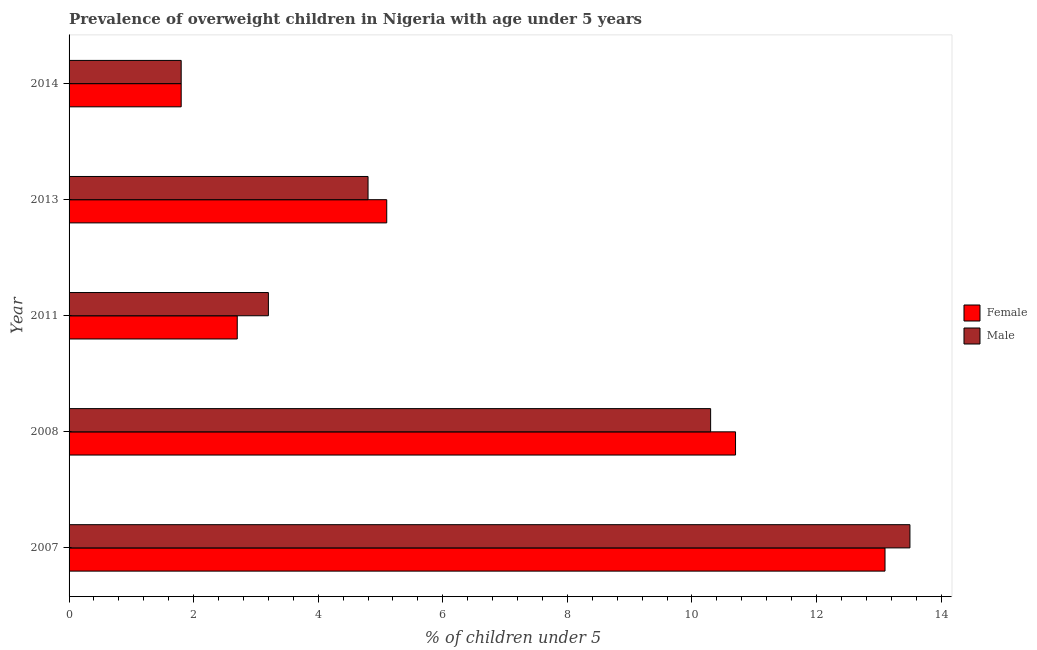
| Year | Female | Male |
 | --- | --- | --- |
 | 2007 | 13.1 | 13.5 |
 | 2008 | 10.7 | 10.3 |
 | 2011 | 2.7 | 3.2 |
 | 2013 | 5.1 | 4.8 |
 | 2014 | 1.8 | 1.8 |